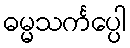
ဓမ္မသင်္ကပ္ပေါ